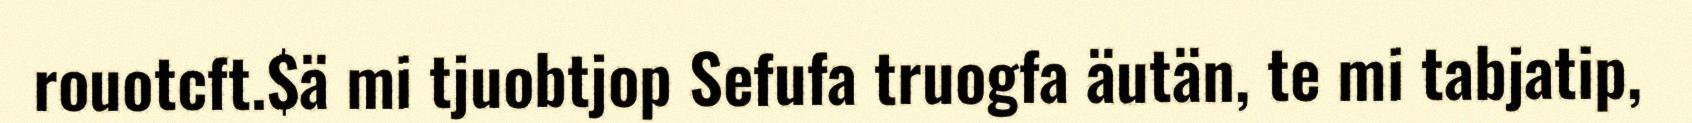
rouotcft.$ä mi tjuobtjop Sefufa truogfa äutän, te mi tabjatip,